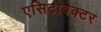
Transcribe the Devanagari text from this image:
एसिटोबेक्टर